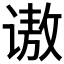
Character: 𫍵